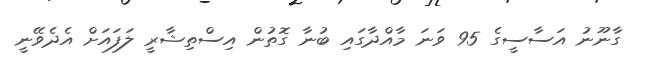
ގާނޫނު އަސާސީގެ 95 ވަނަ މާއްދާގައި ބުނާ ގޮތުން އިސްތިޝާރީ ލަފައަށް އެދެވޭނީ